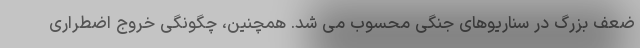
ضعف بزرگ در سناریوهای جنگی محسوب می شد. همچنین، چگونگی خروج اضطراری